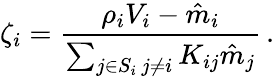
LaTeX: \zeta_{i}=\frac{\rho_{i}V_{i}-\hat{m}_{i}}{\sum_{\substack{j\in S_{i}\, j\neq i}}K_{ij}\hat{m}_{j}}\, .